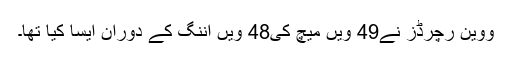
ووین رچرڈز نے49 ویں میچ کی48 ویں اننگ کے دوران ایسا کیا تھا۔